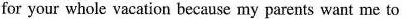
for your whole vacation because my parents want me to